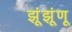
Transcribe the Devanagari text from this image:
झूंझूंणू